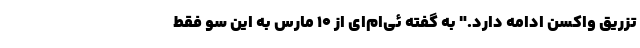
تزریق واکسن ادامه دارد." به گفته ئی‌ام‌ای از ۱۰ مارس به این سو فقط